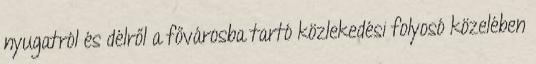
nyugatról és délről a fővárosba tartó közlekedési folyosó közelében